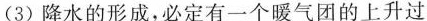
(3)降水的形成，必定有一个暖气团的上升过